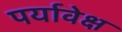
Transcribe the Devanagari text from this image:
पर्यावेक्ष